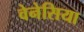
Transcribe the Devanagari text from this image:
वेनेसिया